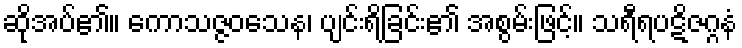
ဆိုအပ်၏။ ကောသဇ္ဇဝသေန၊ ပျင်းရိခြင်း၏ အစွမ်းဖြင့်။ သရီရပဋိဇဂ္ဂနံ